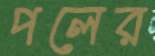
পলের